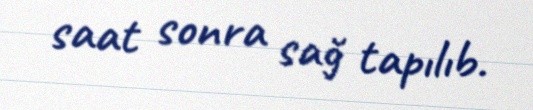
saat sonra sağ tapılıb.